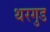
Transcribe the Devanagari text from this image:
थरगुड